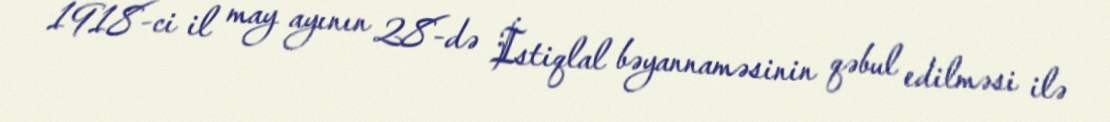
1918-ci il may ayının 28-də İstiqlal bəyannaməsinin qəbul edilməsi ilə